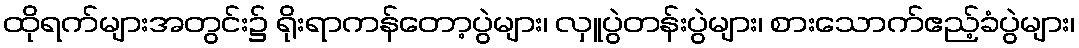
ထိုရက်များအတွင်း၌ ရိုးရာကန်တော့ပွဲများ၊ လှူပွဲတန်းပွဲများ၊ စားသောက်ဧည့်ခံပွဲများ၊